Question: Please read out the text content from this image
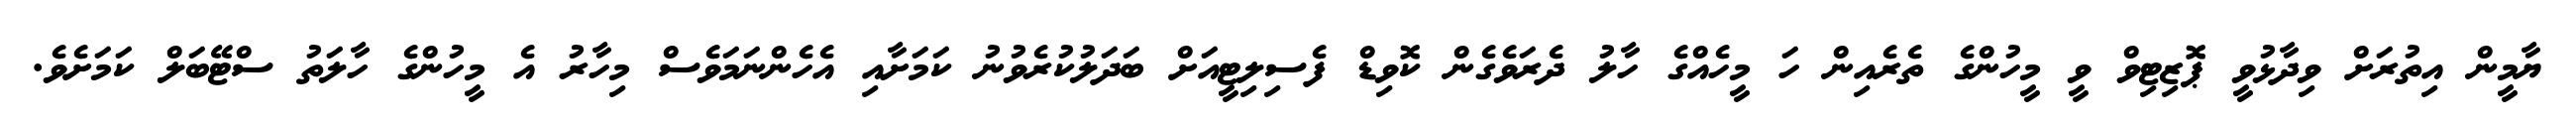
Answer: ޔާމީން އިތުރަށް ވިދާޅުވީ ޕޮޒިޓިވް ވީ މީހުންގެ ތެރެއިން ހަ މީހެއްގެ ހާލު ދެރަވެގެން ކޮވިޑް ފެސިލިޓީއަށް ބަދަލުކުރެވުނު ކަމަށާއި އެހެންނަމަވެސް މިހާރު އެ މީހުންގެ ހާލަތު ސްޓޭބަލް ކަމަށެވެ.